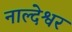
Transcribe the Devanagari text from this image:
नाल्देश्वर